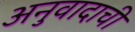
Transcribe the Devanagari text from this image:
अनुवादाची